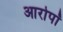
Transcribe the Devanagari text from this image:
आरोपॉ